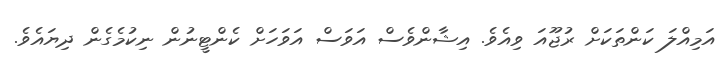
އަމިއްލަ ކަންތަކަށް ރުޖޫއަ ވިއެވެ. އިޝާންވެސް އަވަސް އަވަހަށް ކެންޓީނުން ނިކުމެގެން ދިޔައެވެ.